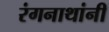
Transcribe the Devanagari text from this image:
रंगनाथांनी